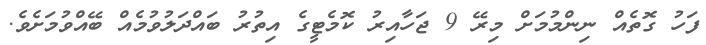
ފަހު ގޮތެއް ނިންމުމަށް މިރޭ 9 ޖަހާއިރު ކޮމެޓީގެ އިތުރު ބައްދަލުވުމެއް ބޭއްވުމަށެވެ.